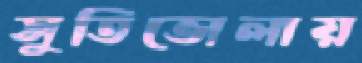
সুতিভোলায়